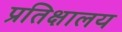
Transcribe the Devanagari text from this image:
प्रतिक्षालय